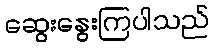
ဆွေးနွေးကြပါသည်